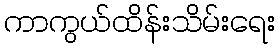
ကာကွယ်ထိန်းသိမ်းရေး